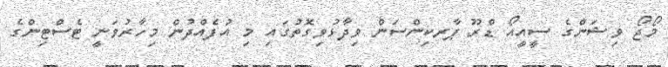
މޯޖޯ ވިޝަންގެ ސީއީއޯ ޑްރޫ ޕާރކިންސަން ވިދާޅުވިގޮތުގައި މި އުފެއްދުން މިހާރުވަނީ ޓެސްޓިންގެ